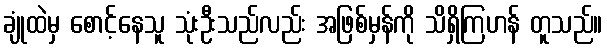
ချုံထဲမှ စောင့်နေသူ သုံးဦးသည်လည်း အဖြစ်မှန်ကို သိရှိကြဟန် တူသည်။